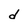
Character: d